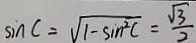
\sin C = \sqrt { 1 - \sin ^ { 2 } C } = \frac { \sqrt { 3 } } { 2 }